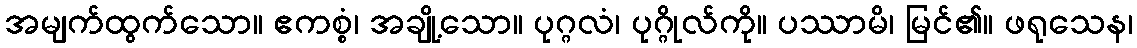
အမျက်ထွက်သော။ ဧကစ္စံ၊ အချို့သော။ ပုဂ္ဂလံ၊ ပုဂ္ဂိုလ်ကို။ ပဿာမိ၊ မြင်၏။ ဖရုသေန၊